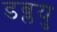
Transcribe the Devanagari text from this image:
डब्लयु